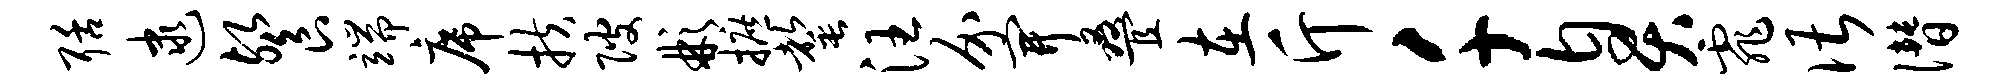
聒逮餐端席扶陂彬摭罄汪介开叠在斤千臭霏谌僭